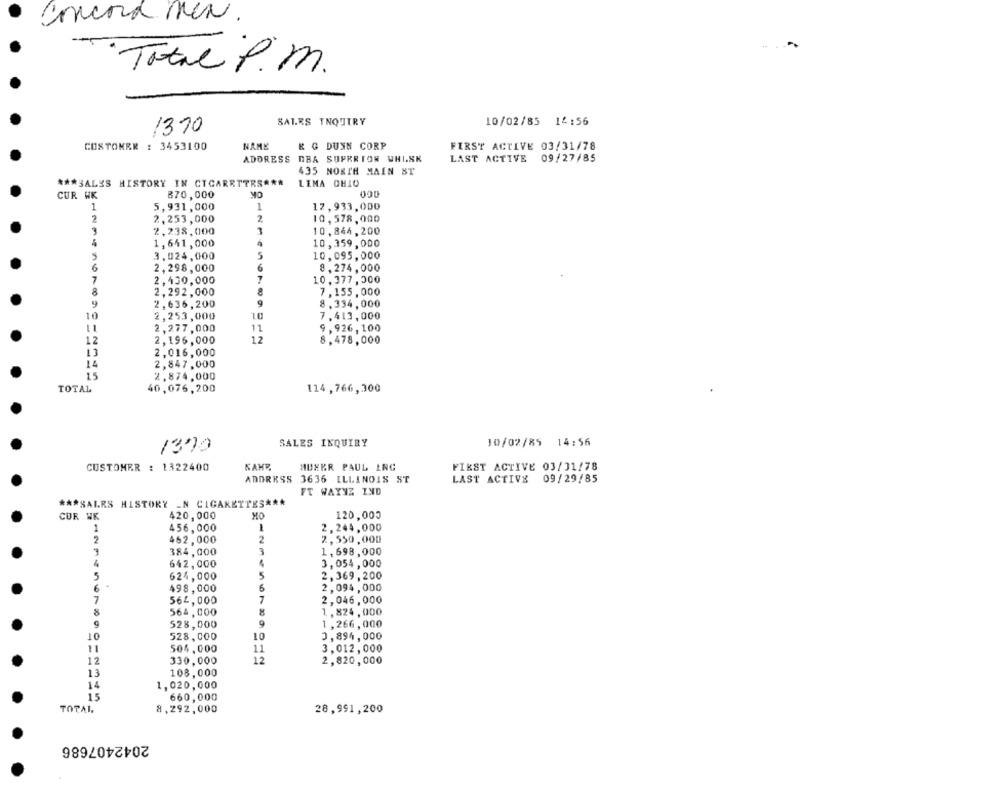
concord men.
....
Total P.m.
SALES INQUIRY
10/02/85 14:56
1370
CUSTOMER : 3453100
NAME
K G DUNN CORP
FIRST ACTIVE 03/31/78
ADDRESS DBA SUPERIOR WHISK
LAST ACTIVE 09/27/85
435 NORTH MAIN ST
*** SALES HISTORY IN CIGARETTES ***
LIMA OHIO
OK
CUR WK
870,000
1
5,931,000
1
12.933,000
2
2,253,000
2
10,578,000
2,238,000
3
3
10,844,200
1,641,000
10,359,000
5
3.024,000
5
10,095,000
6
2,298,000
8,274,000
7
2,430,000
10.377,000
8
2,292,000
8
7,155,000
9
9
2,636,200
8,334,000
10
2,253,000
10
7.413,000
2,277,000
11
9,926, 100
12
2,196,000
12
8,478,000
13
2,016,000
2,847,000
15
2.874,000
TOTAL
40,076,200
114,766,300
SALES INQUIRY
10/02/85 14:56
1370
CUSTOMER : 1322400
KAHR
MUXKR PAUL INC
FIRST ACTIVE 03/01/78
ADDRESS 3636 ILLINOIS ST
LAST ACTIVE
09/29/85
FT WAYNE IND
*** SALRS HISTORY _N CIGARETTES ***
420,000
MO
120,005
CUR WK
1
456,000
1
2.244,000
2
462,000
2
2,550,000
3
384,000
3
1,698,000
4
642,000
3,054,000
5
624,000
5
2, 369 , 200
6
498,000
6
2,094 ,000
7
564,000
7
2,046,000
564,000
1 , 824,000
9
528,000
9
1,266,000
10
528,000
10
3,894,000
504,000
11
3,012,000
12
330.000
12
2,820,000
13
108,000
14
1,020,000
15
660,000
TOTAL.
8,292,000
28,991,200
2042407686